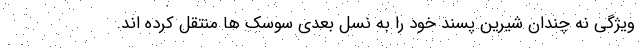
ویژگی نه چندان شیرین پسند خود را به نسل بعدی سوسک ها منتقل کرده اند.